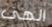
الهى